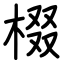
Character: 棳